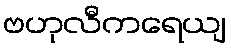
ဗဟုလီကရေယျ